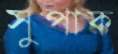
সুপাক